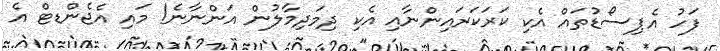
ފަހު އެޕިސޯޑުތައް އެކި ކަރަކަރައިންނާއި އެކި ދިމަދިމާލުން އަންނާނެ! މައި އެޖެންޑޓް އެ